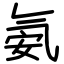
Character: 氨